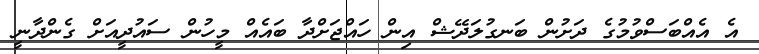
އެ އެއްބަސްވުމުގެ ދަށުން ބަނގުލަދޭޝް އިން ހައްޖަށްދާ ބައެއް މީހުން ސައުދީއަށް ގެންދާނީ